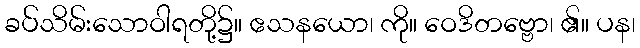
ခပ်သိမ်းသောဝါရတို့၌။ ဧသနယော၊ ကို။ ဝေဒိတဗ္ဗော၊ ၏။ ပန၊